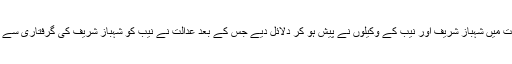
جہاں عدالت میں شہباز شریف اور نیب کے وکیلوں نے پیش ہو کر دلائل دیے جس کے بعد عدالت نے نیب کو شہباز شریف کی گرفتاری سے روک دیا۔